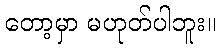
တော့မှာ မဟုတ်ပါဘူး။